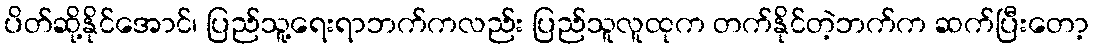
ပိတ်ဆို့နိုင်အောင်၊ ပြည်သူ့ရေးရာဘက်ကလည်း ပြည်သူလူထုက တက်နိုင်တဲ့ဘက်က ဆက်ပြီးတော့